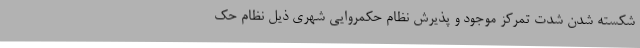
شکسته شدن شدتِ تمرکز موجود و پذیرش نظام حکمروایی شهری ذیل نظام حک